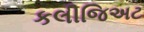
કલીજિઅટ